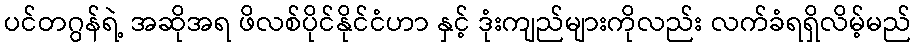
ပင်တဂွန်ရဲ့ အဆိုအရ ဖိလစ်ပိုင်နိုင်ငံဟာ နှင့် ဒုံးကျည်များကိုလည်း လက်ခံရရှိလိမ့်မည်